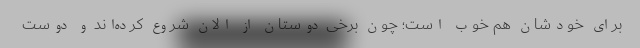
برای خودشان هم خوب است؛ چون برخی دوستان از الان شروع کرده‌اند و دوست